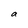
Character: a